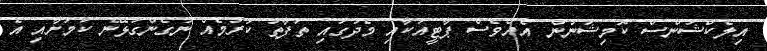
އިލެކްޝަންސް ކޮމިޝަނުން އެއްވެސް ޕާޓީއަކާއި މެދުގައި ތަފާތު ކުރުމެއް ނުގެންގުޅޭނެ ކަމަށާއި އެ